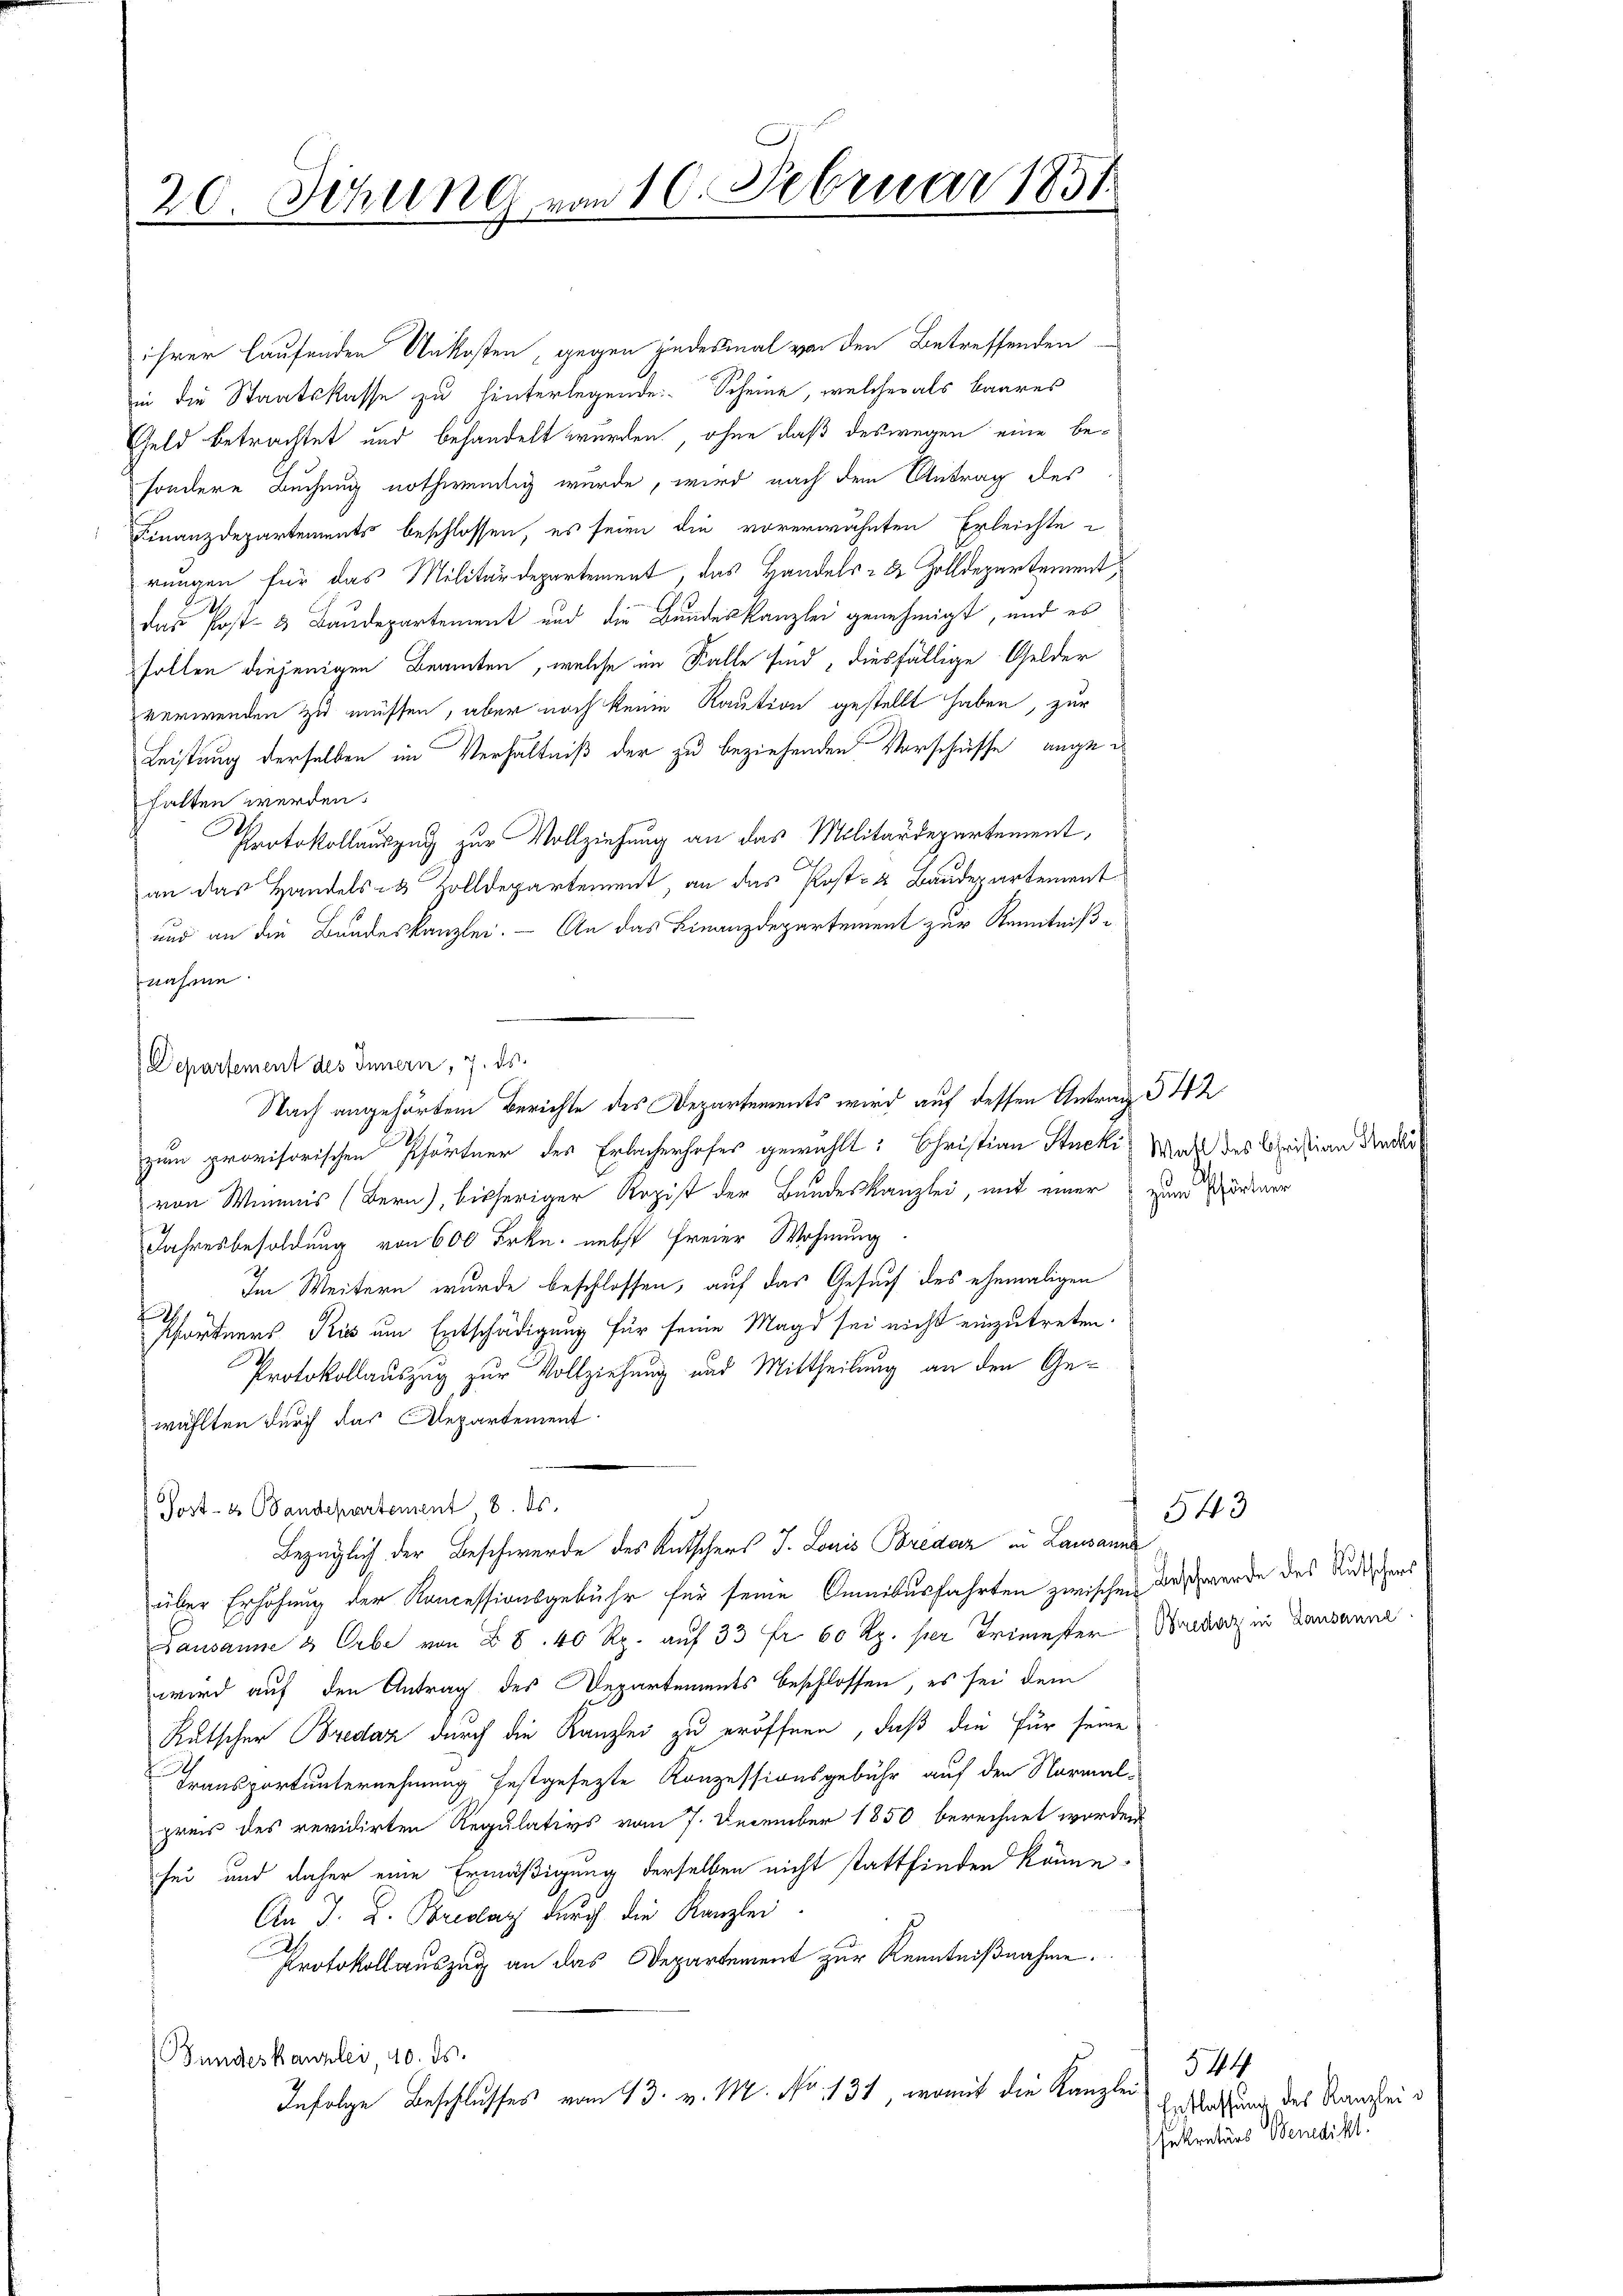
20. Sitzung von 10. Februar 1851

ihrer laufenden Unkosten gegen jedesmal von den Betreffenden
in die Staatskasse zu hinterlegende Scheine, welcher als baares
Geld betrachtet und behandelt werden, ohne daß deswegen eine besondere Buchung nothwendig wurde, wird nach dem Antrag des
Finanzdepartements beschlossen, es seien die vorerwähnten Erleichte
rungen für das Militärdepartement, das Handels- & Zolldepartement,
das Post- & Baudepartement und die Bundeskanzlei genehmigt, und es
sollen diejenigen Beamten, welche im Falle sind, diesfällige Gelder
verwenden zu müssen, aber noch keine Raution gestellt haben, zur
Leistung derselben im Verhältniß der zu beziehenden Vorschnisse angehalten werden.
Protokollauszug zur Vollziehung an das Militärdepartement,
an das Handels- & Zolldepartement, an das Post- & Baudepartement
und an die Bandeskanzlei. - An das Finanzdepartement zur Kenntnißnahme
Departement des Innern, 7. ds.
Nach angehörtem Berichte des Departements wird auf dessen Antrag 542
zum provisorischen Pförtner des Erlacherhofes gewählt: Christian Stucki, Wahl des Christian Kinder
von Winnis (Bern, bisheriger Ropist der Bundeskanzlei, mit einer zum Vormer
Jahresbesoldung von 600 Frkn. nebst Freier Wohnung
Im Weitern wurde beschlossen, auf das Gesuch des ehemaligen
7
Pförtners Riss um Entschädigung für seine Magd sei nicht einzutreten.
Protokollauszug zur Vollziehung und Mittheilung an den Gewählten durch das Departement
Post- & Sandepartement 8. ds.
Bezüglich der Beschwerde des Kutschers J. Louis Bredaz in Lausanna
über Erhöhung der Koncessionsgebühr für seine Omnibusfahrten zwischen Beschwerde des Rudischers
Lausanne & Erbe von 28. 40 Rp. auf 33 fr 60 Rp. per Trimester Brudenz in Lausanne
wird auf den Antrag des Departements beschlossen, es sei dem
Rutscher Bredaz durch die Kanzlei zu eröffnen, daß die für seine
.
Transportunternehmung festgesezte Konzessionsgebühr auf den Normal-
preis des revidirten Regulativs vom 7. December 1850 berechnet worden
sei und daher eine Ermäßigung derselben nicht stattfinden könne.
An J. L. Breslar durch die Kanzlei
Protokollauszug an das Departement zur Kenntnißnahme.
Gundeskanzlei, 410. ds.
Infolge Beschlusses vom 13. v. M. No. 13, womit die Kanzlei

543

544
Entlassung des Kanzlei d
sekretärs Benedikt